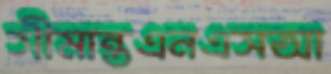
সীমান্তএনএসআ